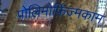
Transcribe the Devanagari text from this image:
पोलिमोर्फ़िज्मकाम